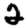
Digit: 2